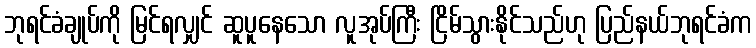
ဘုရင်ခံချုပ်ကို မြင်ရလျှင် ဆူပူနေသော လူအုပ်ကြီး ငြိမ်သွားနိုင်သည်ဟု ပြည်နယ်ဘုရင်ခံက